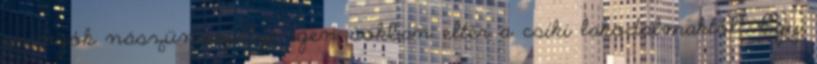
csángók nászünnepélye igen sokban eltér a csíki lakodalmaktól". Egy